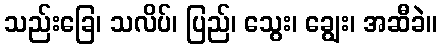
သည်းခြေ၊ သလိပ်၊ ပြည်၊ သွေး၊ ချွေး၊ အဆီခဲ။